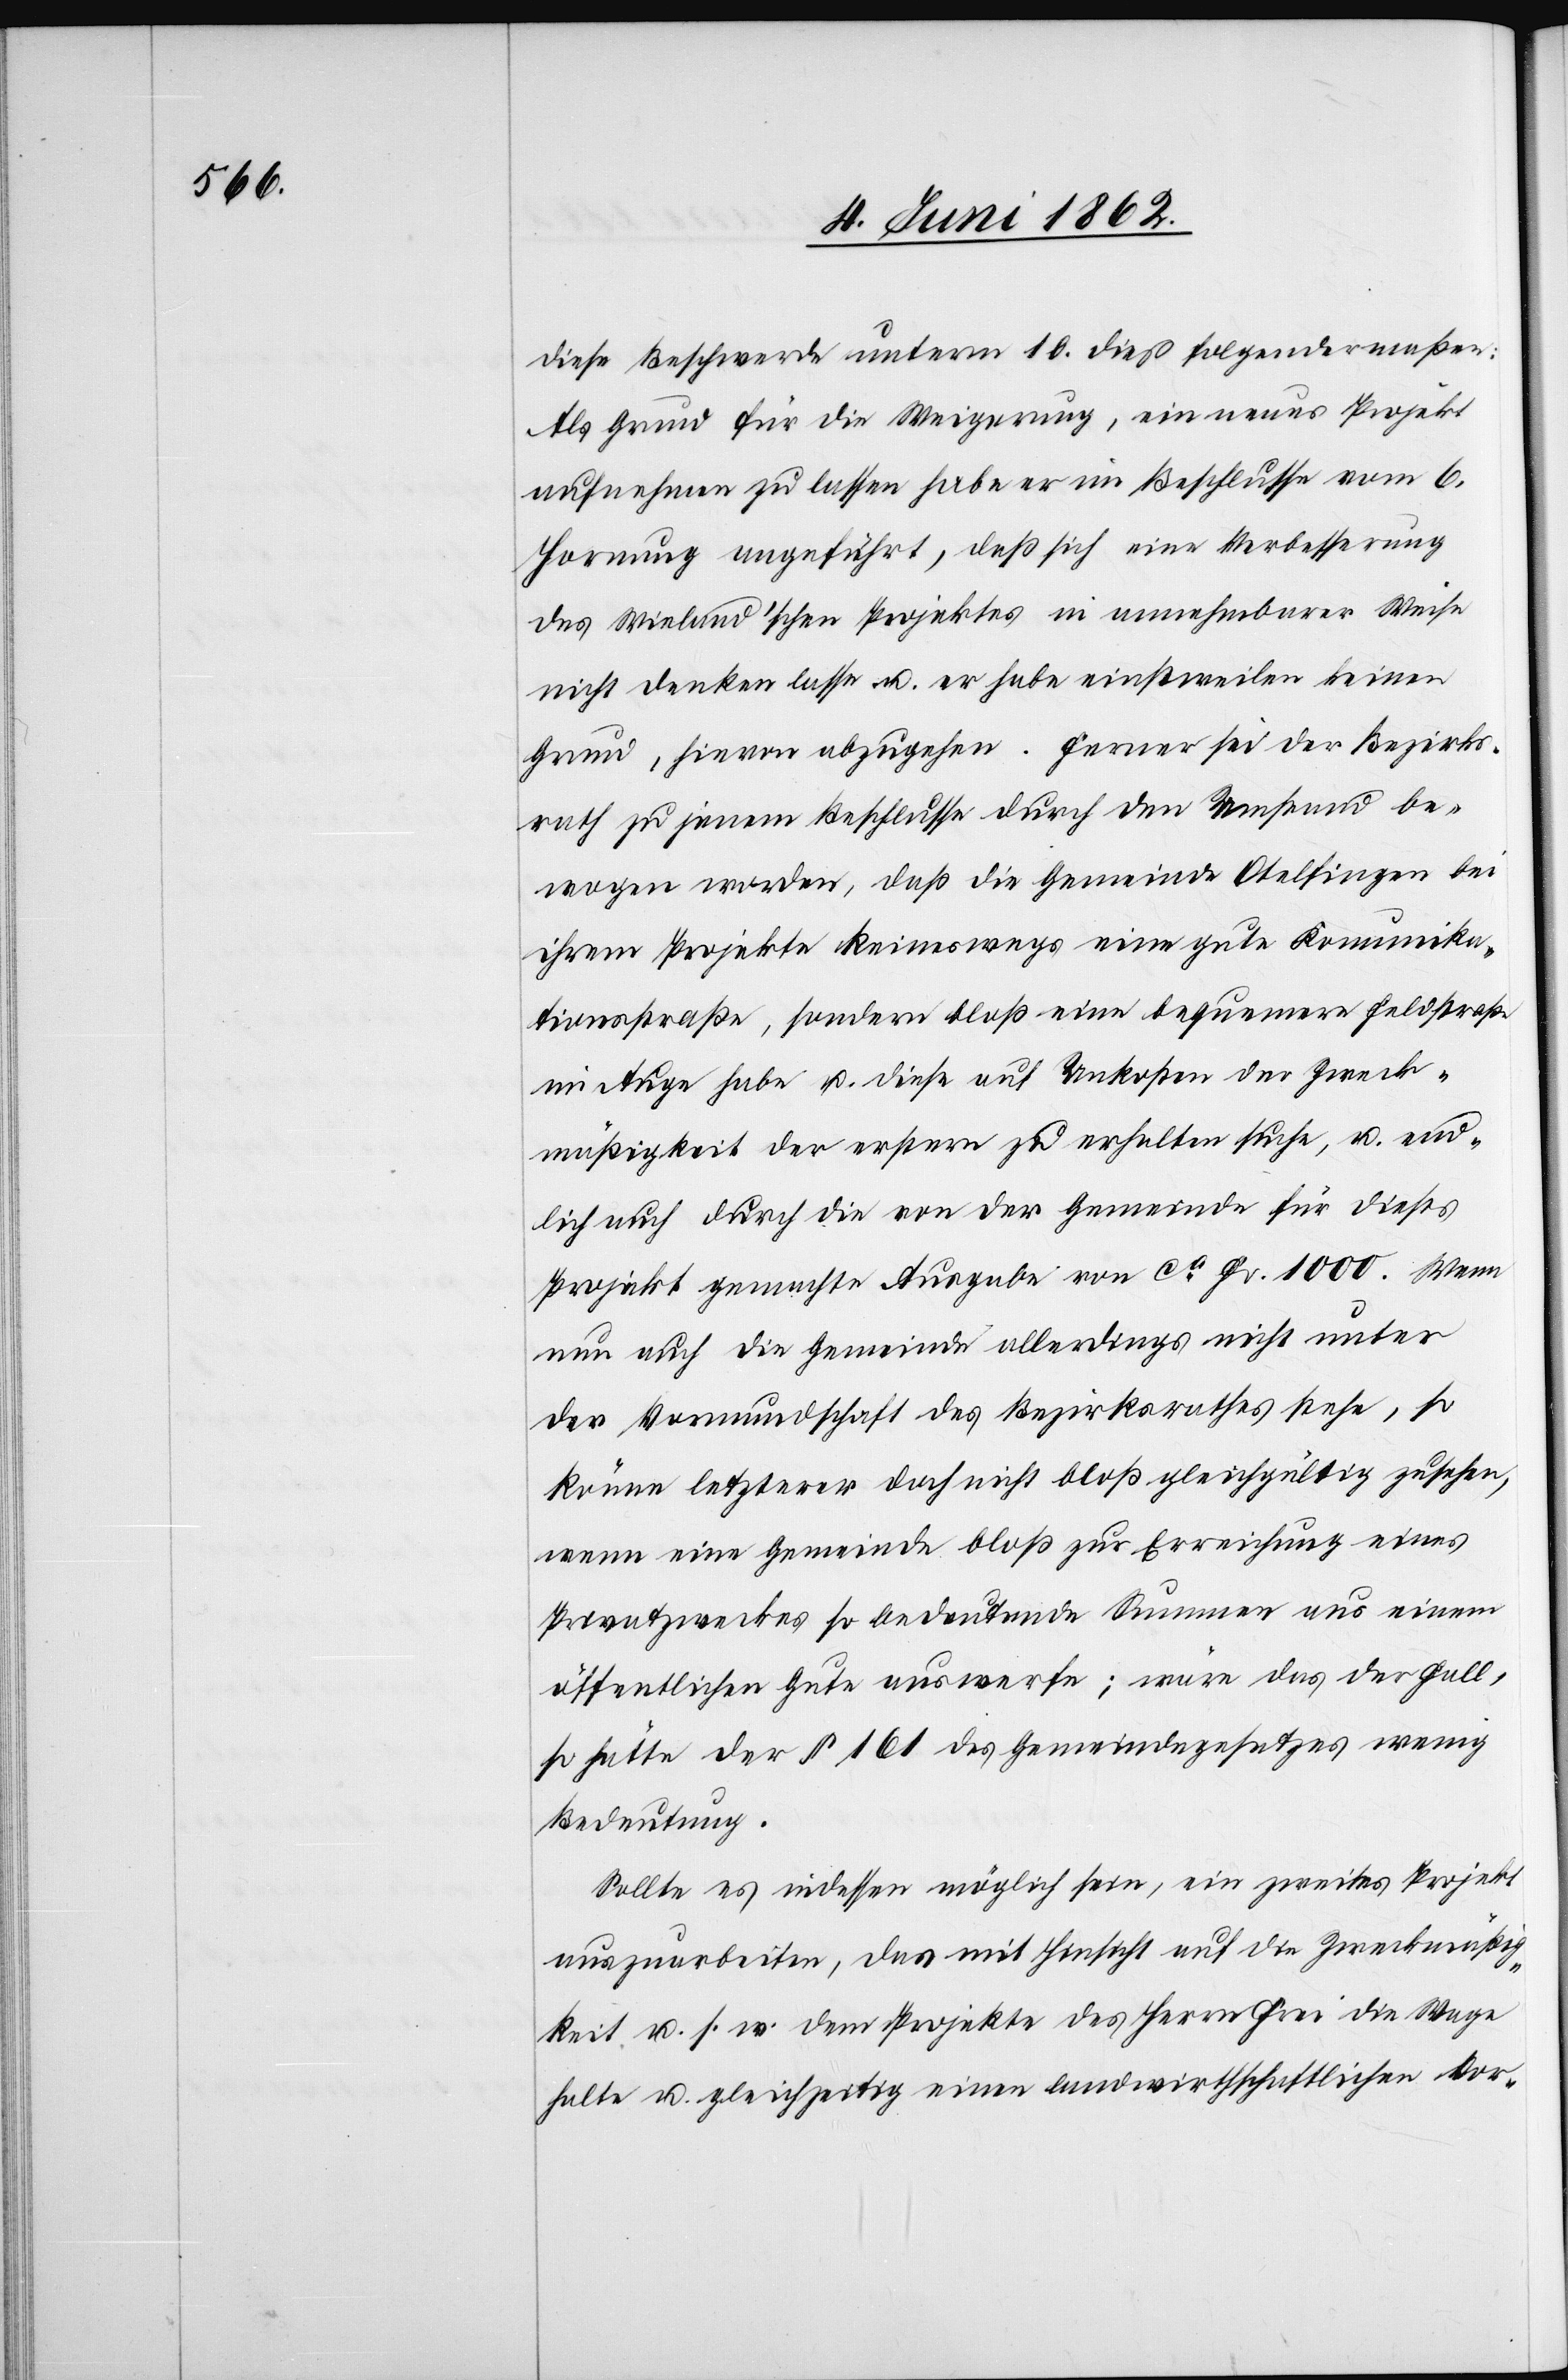
diese Beschwerde unterm 10. dieß folgendermaßen:
Als Grund für die Weigerung, ein neues Projekt
aufnehmen zu lassen habe er im Beschlusse vom 6.
Hornung angeführt, daß sich eine Verbesserung
des Wieland’schen Projektes in annehmbarer Weise
nicht denken lasse u. er habe einstweilen keinen
Grund, hievon abzugehen. Ferner sei der Bezirks¬
rath zu jenem Beschlusse durch den Umstand be¬
wogen worden, daß die Gemeinde Otelfingen bei
ihrem Projekte keineswegs eine gute Kommunika¬
tionsstraße, sondern bloß eine bequemere Feldstraße
im Auge habe u. diese auf Unkosten der Zweck¬
mäßigkeit der erstern zu erhalten suche, u. end¬
lich auch durch die von der Gemeinde für dieses
Projekt gemachte Ausgabe von ca. Fr. 1000. Wenn
nun auch die Gemeinde allerdings nicht unter
der Vormundschaft des Bezirksrathes stehe, so
könne letzterer doch nicht bloß gleichgültig zusehen,
wenn eine Gemeinde bloß zur Erreichung eines
Privatzweckes so bedeutende Summen aus einem
öffentlichen Gute auswerfe; wäre das der Fall,
so hätte der § 161 des Gemeindegesetzes wenig
Bedeutung.
Sollte es indessen möglich sein, ein zweites Projekt
auszuarbeiten, das mit Hinsicht auf die Zweckmäßig¬
keit u. s. w. dem Projekte des Herrn Frei die Wage
halte u. gleichzeitig einen landwirthschaftlichen Vor-